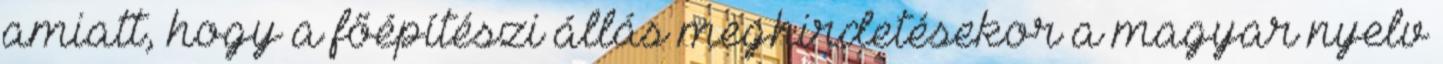
amiatt, hogy a főépítészi állás meghirdetésekor a magyar nyelv